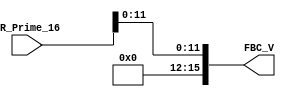
module FBCV_FORCE
(
input [15:0] IR_Prime_16,
output [15:0] FBC_V
);

assign FBC_V[11:0] = IR_Prime_16[11:0];
assign FBC_V[15:12] = 0;

endmodule